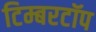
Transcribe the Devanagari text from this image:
टिम्बरटॉप